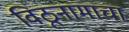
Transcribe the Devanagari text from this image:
विठूनामाचा